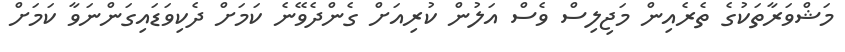
މަޝްވަރާތަކުގެ ތެރެއިން މަޖިލިސް ވެސް އަލުން ކުރިއަށް ގެންދެވޭނެ ކަމަށް ދެކިވަޑައިގަންނަވާ ކަމަށް